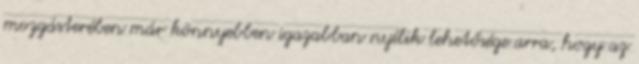
mozgásterében már könnyebben igazabban nyílik lehetősége arra, hogy az